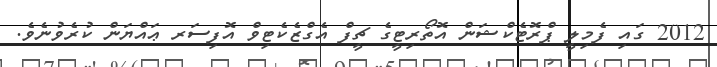
2012 ގައި ފެމިލީ ޕްރޮޓެކްޝަން އޮތޯރިޓީގެ ޗީފް އެގްޒެކެޓިވް އޮފިސަރ ޢައްޔަން ކުރެވުނެވެ.